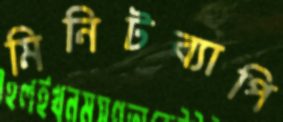
মিনিটব্যাপি